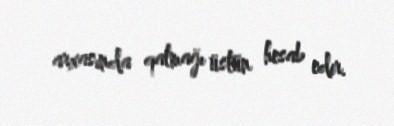
arxasında qalmağı üstün hesab edir.